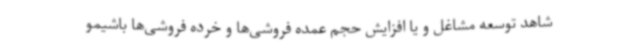
شاهد توسعه مشاغل و یا افزایش حجم عمده فروشی‌ها و خرده فروشی‌ها باشیمو